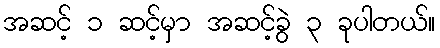
အဆင့် ၁ ဆင့်မှာ အဆင့်ခွဲ ၃ ခုပါတယ်။